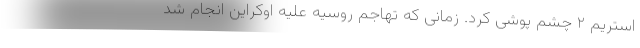
استریم ۲ چشم پوشی کرد. زمانی که تهاجم روسیه علیه اوکراین انجام شد